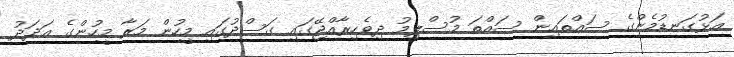
އަޅުގަނޑުމެންގެ ސައްތައިން ސައްތަ މުސްލިމު ދިވެހިރާއްޖޭގައި ގަސްދުގައި މީހުން މަރާ މީހުންގެ ޢަދަދު